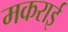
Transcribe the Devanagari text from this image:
मकराई